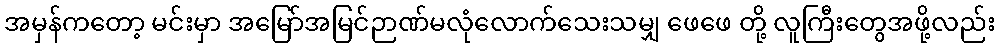
အမှန်ကတော့ မင်းမှာ အမြော်အမြင်ဉာဏ်မလုံလောက်သေးသမျှ ဖေဖေ တို့ လူကြီးတွေအဖို့လည်း